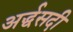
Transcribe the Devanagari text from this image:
अर्द्धसदी